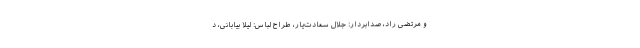
و مرتضی راد، صدابردار: جلال سعادت‌یار، طراح لباس: لیلا بیابانی، د